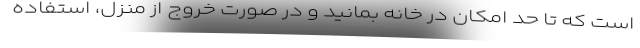
است که تا حد امکان در خانه بمانید و در صورت خروج از منزل، استفاده